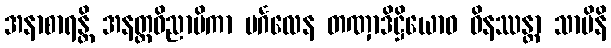
အနာစာရန္တိ အနတ္ထဝိညာပိကာ မင်္ဂလေန တဏှာဒိဋ္ဌိယောဝ ဝိနဿန္တာ သာမိနိ